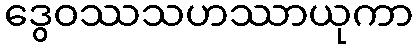
ဒွေဝဿသဟဿာယုကာ